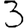
Digit: 3